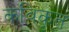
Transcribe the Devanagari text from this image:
कविकृत